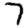
Digit: 7